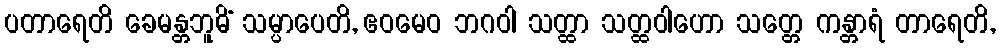
ပတာရေတိ ခေမန္တဘူမိံ သမ္ပာပေတိ, ဧဝမေဝ ဘဂဝါ သတ္ထာ သတ္ထဝါဟော သတ္တေ ကန္တာရံ တာရေတိ,